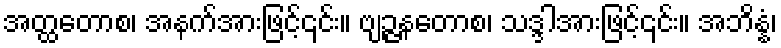
အတ္ထတောစ၊ အနက်အားဖြင့်၎င်း။ ဗျဉ္ဇနတောစ၊ သဒ္ဒါအားဖြင့်၎င်း။ အဘိန္နံ၊